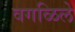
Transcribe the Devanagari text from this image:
वगळिले